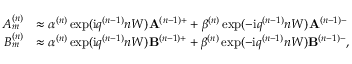
\begin{array} { r l } { A _ { m } ^ { ( n ) } } & { \approx \alpha ^ { ( n ) } \exp ( \mathrm { i } q ^ { ( n - 1 ) } n W ) \mathbf { A } ^ { ( n - 1 ) + } + \beta ^ { ( n ) } \exp ( - \mathrm { i } q ^ { ( n - 1 ) } n W ) \mathbf { A } ^ { ( n - 1 ) - } } \\ { B _ { m } ^ { ( n ) } } & { \approx \alpha ^ { ( n ) } \exp ( \mathrm { i } q ^ { ( n - 1 ) } n W ) \mathbf { B } ^ { ( n - 1 ) + } + \beta ^ { ( n ) } \exp ( - \mathrm { i } q ^ { ( n - 1 ) } n W ) \mathbf { B } ^ { ( n - 1 ) - } , } \end{array}